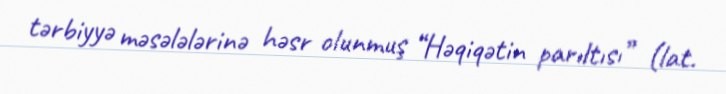
tərbiyyə məsələlərinə həsr olunmuş “Həqiqətin parıltısı” (lat.